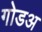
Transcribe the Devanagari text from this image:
गोडअ